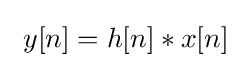
\ y[n]=h[n]*x[n]